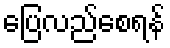
ပြေလည်စေရန်